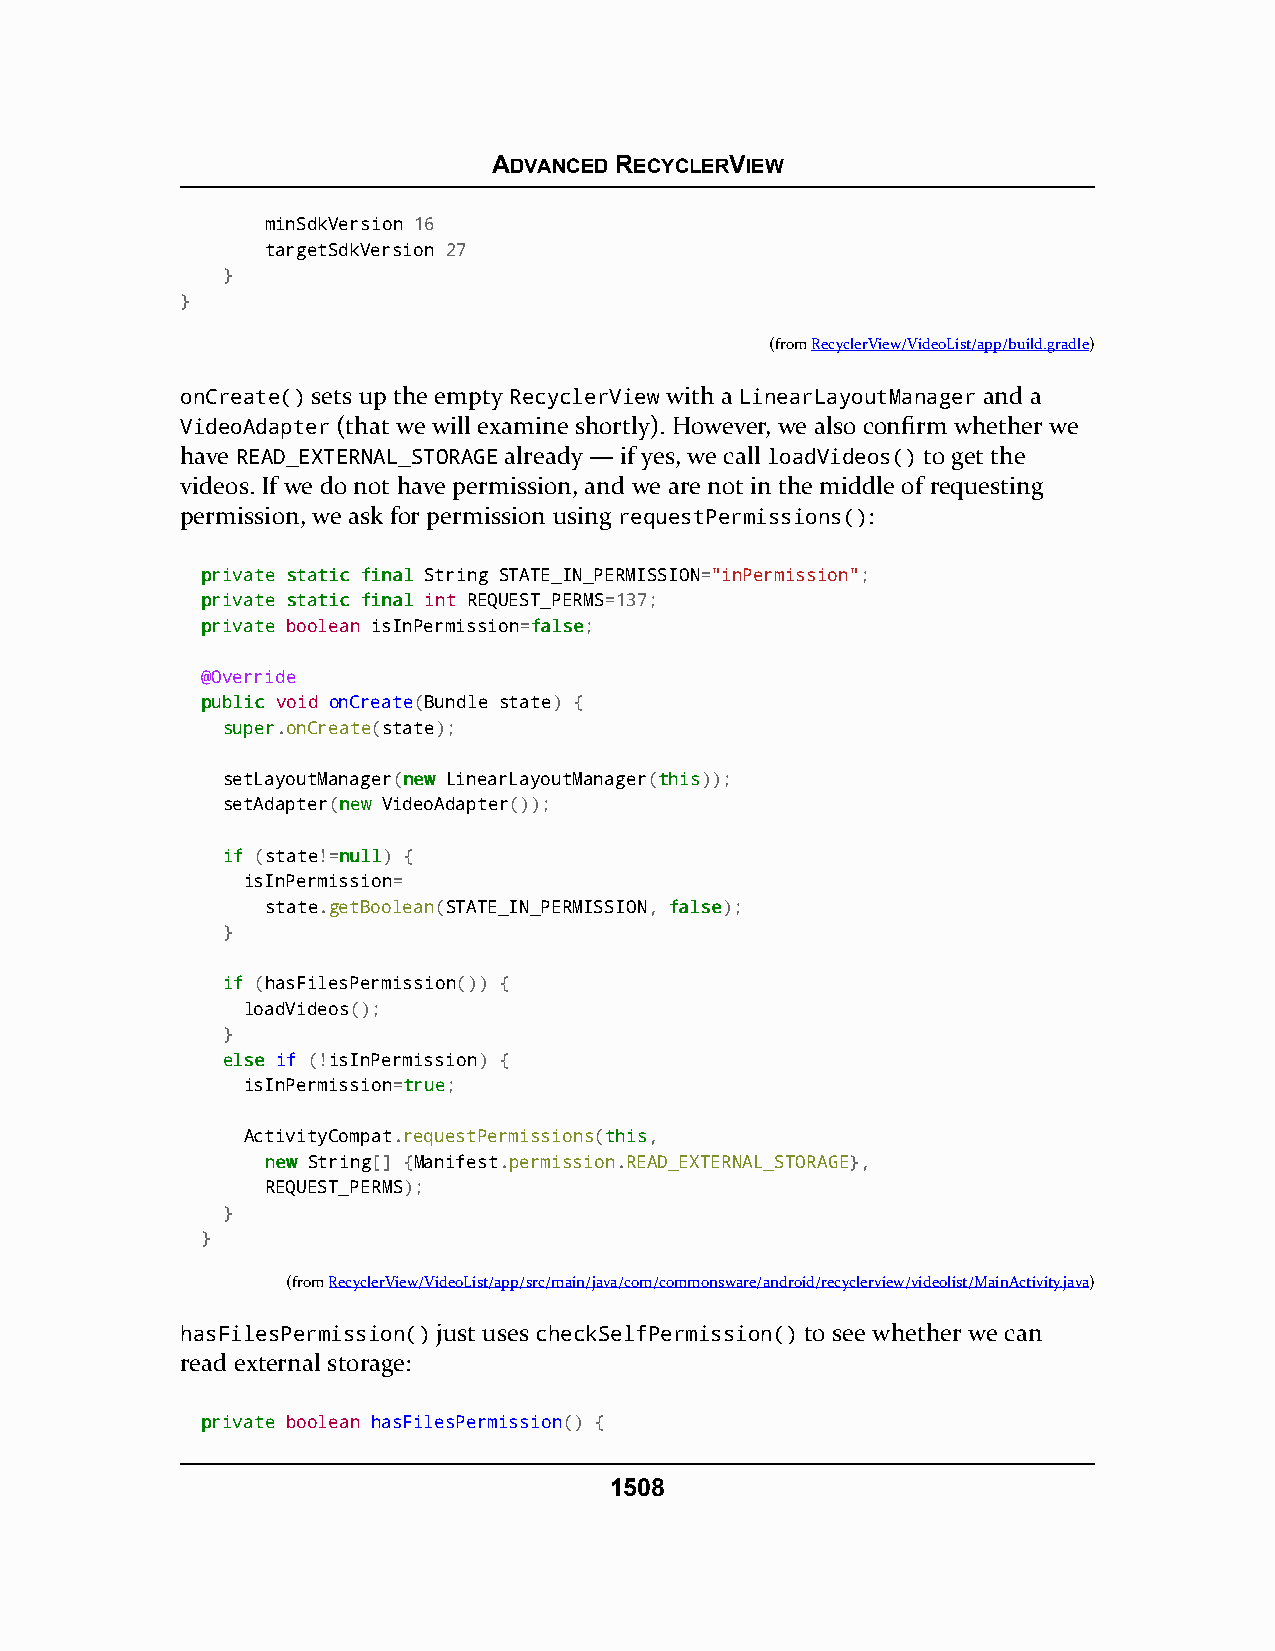
ADVANCED RECYCLERVIEW
 minSdkVersion 16
 targetSdkVersion 27
 }
 }
 (fromRecyclerView/VideoList/app/build.gradle)
 onCreate() sets up the empty RecyclerView with a LinearLayoutManager and a
 VideoAdapter (that we will examine shortly). However, we also confirm whether we
 have READ_EXTERNAL_STORAGE already — if yes, we call loadVideos() to get the
 videos. If we do not have permission, and we are not in the middle of requesting
 permission, we ask for permission using requestPermissions():
 pprriivvaattee ssttaattiicc ffiinnaall String STATE_IN_PERMISSION="inPermission";
 pprriivvaattee ssttaattiicc ffiinnaall int REQUEST_PERMS=137;
 pprriivvaattee boolean isInPermission=ffaallssee;
 @Override
 ppuubblliicc void onCreate(Bundle state) {
 ssuuppeerr.onCreate(state);
 setLayoutManager(nneeww LinearLayoutManager(tthhiiss));
 setAdapter(nneeww VideoAdapter());
 iiff (state!=nnuullll) {
 isInPermission=
 state.getBoolean(STATE_IN_PERMISSION, ffaallssee);
 }
 iiff (hasFilesPermission()) {
 loadVideos();
 }
 eellssee if (!isInPermission) {
 isInPermission=ttrruuee;
 ActivityCompat.requestPermissions(tthhiiss,
 nneeww String[] {Manifest.permission.READ_EXTERNAL_STORAGE},
 REQUEST_PERMS);
 }
 }
 (fromRecyclerView/VideoList/app/src/main/java/com/commonsware/android/recyclerview/videolist/MainActivity.java)
 hasFilesPermission() just uses checkSelfPermission() to see whether we can
 read external storage:
 pprriivvaattee boolean hasFilesPermission() {
 1508